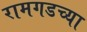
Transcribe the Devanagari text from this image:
रामगडच्या